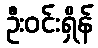
ဦးဝင်းရှိန်